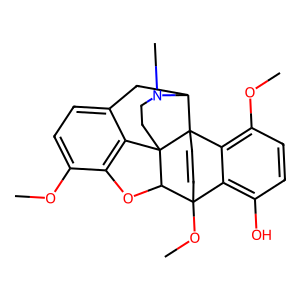
SMILES: COc1ccc2c3c1OC1C4(OC)C=CC5(c6c(OC)ccc(O)c64)C(C2)N(C)CCC315
Inhibits HIV replication: No